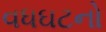
વધઘટનો